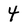
Character: 4